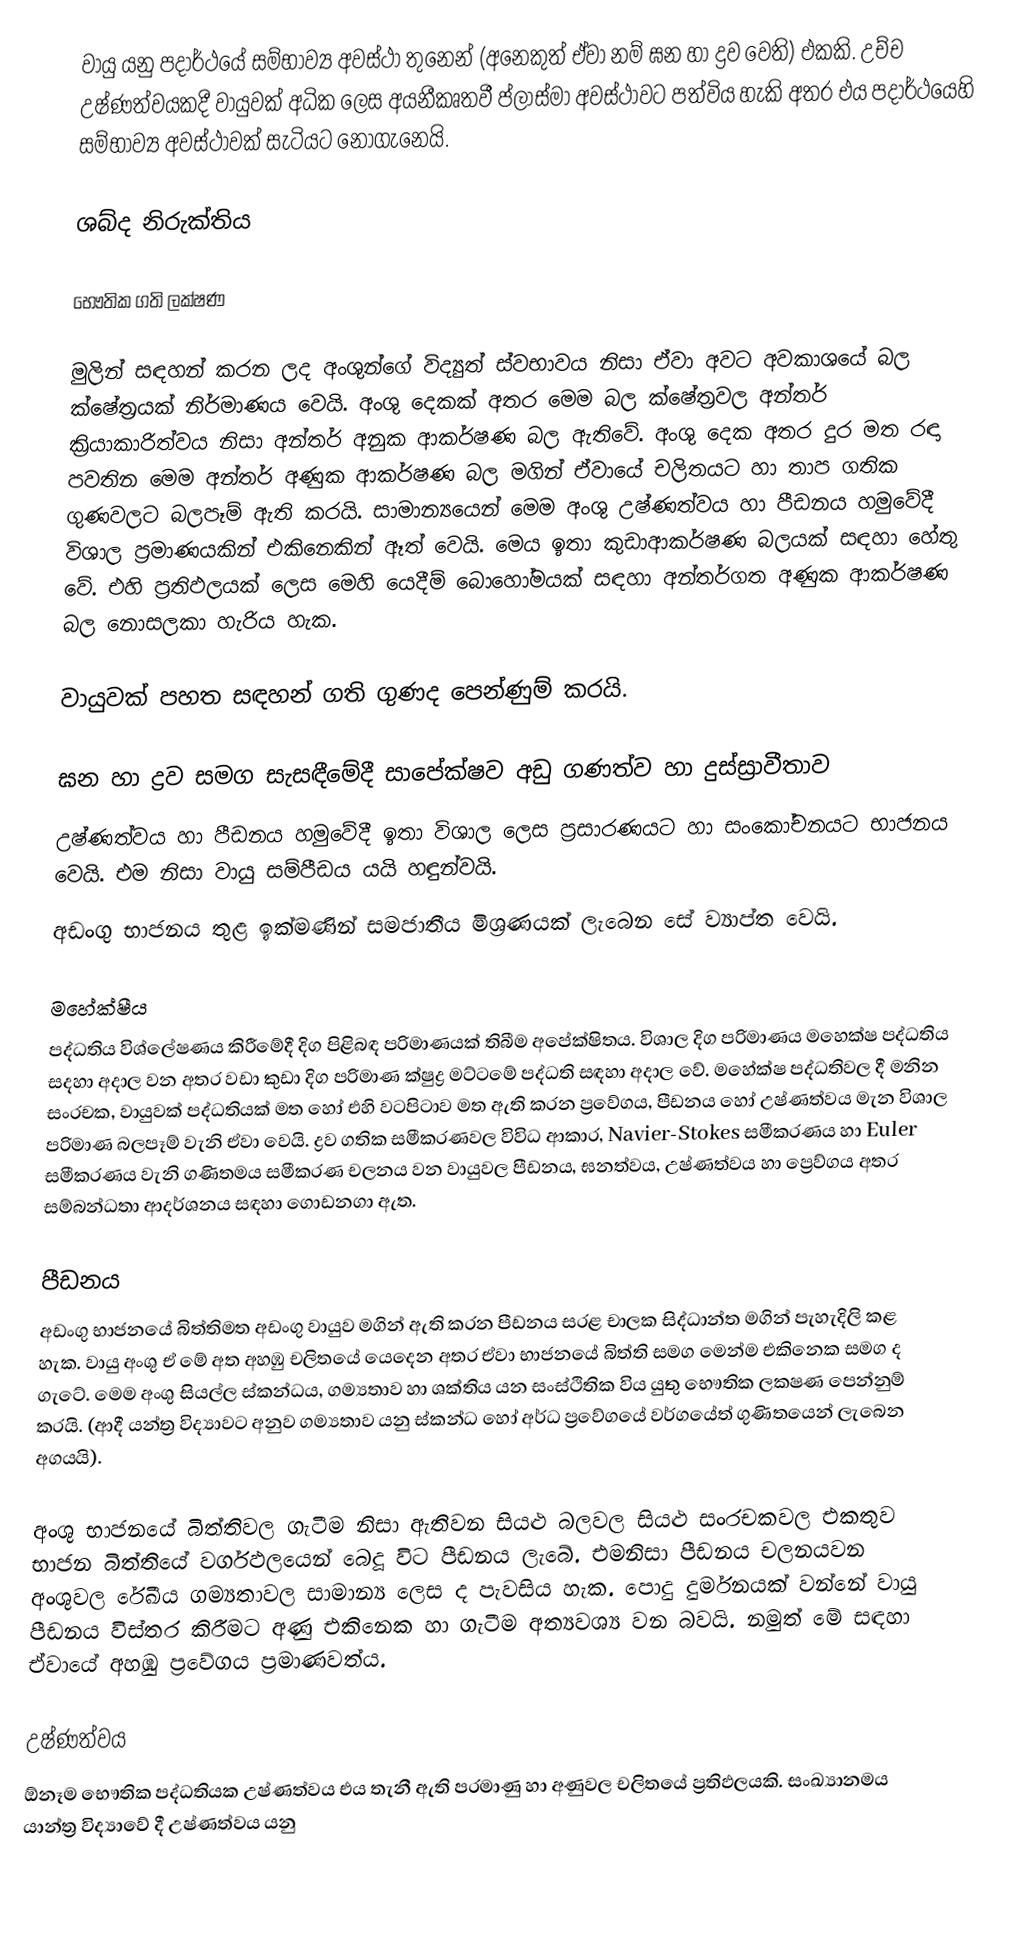
වායු යනු  පදාර්ථයේ සම්භාව්‍ය අවස්ථා තුනෙන් (අනෙකුත් ඒවා නම් ඝන හා ද්‍රව  වෙති) එකකි. උච්ච උෂ්ණත්වයකදී වායුවක් අධික ලෙස අයනීකෘතවී ප්ලාස්මා අවස්ථාවට පත්විය හැකි අතර එය පදාර්ථයෙහි සම්භාව්‍ය අවස්ථාවක් සැටියට නොගැනෙයි.

ශබ්ද නිරුක්තිය

භෞතික ගති ලක්ෂණ

මුලින් සඳහන් කරන ලද අංශුන්ගේ විද්‍යුත් ස්වභාවය නිසා ඒවා අවට අවකාශයේ බල ක්ෂේත්‍රයක් නිර්මාණය වෙයි. අංශු දෙකක් අතර මෙම බල ක්ෂේත්‍රවල අන්තර් ක්‍රියාකාරිත්වය නිසා අන්තර් අනුක ආකර්ෂණ බල ඇතිවේ. අංශු දෙක අතර දුර මත රඳා පවතින මෙම අන්තර් අණුක ආකර්ෂණ බල මගින් ඒවායේ චලිතයට හා තාප ගතික ගුණවල‍ට බලපෑම් ඇති කරයි. සාමාන්‍යයෙන් මෙම අංශු උෂ්ණත්වය හා පීඩනය හමුවේදී විශාල ප්‍රමාණයකින් එකිනෙකින් ඈත් වෙයි. මෙය ඉතා කුඩා‍ආකර්ෂණ බලයක් සඳහා හේතු වේ. එහි ප්‍රතිඵලයක් ලෙස මෙහි යෙදීම් බොහෝමයක් සඳහා අන්තර්ගත අණුක ආකර්ෂණ බල නොසලකා හැරිය හැක.

වායුවක් පහත සඳහන් ගති ගුණද පෙන්ණුම් කරයි.

ඝන හා ද්‍රව සමග සැසඳීමේදී සාපේක්ෂව අඩු ගණත්ව හා දුස්ස්‍රාවීතාව
උෂ්ණත්වය හා පීඩනය හමුවේදී ඉතා විශාල ලෙස ප්‍රසාරණයට හා සංකෝචනයට භාජනය වෙයි. එම නිසා වායු සම්පීඩය යයි හඳුන්වයි.
අඩංගු භාජනය තුළ ඉක්මණින් සමජාතීය මිශ්‍රණයක් ලැබෙන සේ ව්‍යාප්ත වෙයි.

මහේක්ෂීය
පද්ධතිය විශ්ලේෂණය කිරීමේදී දිග පිළිබඳ පරිමාණයක් තිබීම අපේක්ෂිතය. විශාල දිග පරිමාණය මහෙක්ෂ පද්ධතිය සදහා අදාල වන අතර වඩා කුඩා දිග  පරිමාණ ක්ෂුද්‍ර මට්ටමේ පද්ධති සඳහා අදාල වේ. මහේක්ෂ පද්ධතිවල දී මනින සංරචක, වායුවක් පද්ධතියක් මත හෝ එහි වටපිටාව මත ඇති කරන ප්‍රවේගය, පීඩනය හෝ උෂ්ණත්වය මැන විශාල පරිමාණ බලපෑම් වැනි ඒවා වෙයි. ද්‍රව ගතික සමීකරණවල විවිධ ආකාර, Navier-Stokes සමීකරණය හා Euler සමීකරණය වැනි ගණිතමය සමීකරණ චලනය වන වායුවල පීඩනය, ඝනත්වය, උෂ්ණත්වය හා ප්‍ර‍ෙව්ගය අතර සම්බන්ධතා‍ ආදර්ශනය සඳහා ගොඩනගා  ඇත.

පීඩනය
අඩංගු භාජනයේ බිත්තිමත අඩංගු වායුව මගින් ඇති කරන පීඩනය සරළ චාලක සිද්ධාන්ත මගින් පැහැදිලි කළ හැක. වායු අංශු ඒ මේ අත අහඹු චලිතයේ යෙදෙන අතර ඒවා භාජනයේ බිත්ති සමග මෙන්ම එකිනෙක සමග ද ගැටේ. මෙම අංශු සියල්ල ස්කන්ධය, ගම්‍යතාව හා ශක්තිය යන සංස්ථිතික විය යුතු භෞතික  ලකෂණ පෙන්නුම් කරයි. (ආදී යන්ත්‍ර විද්‍යාවට අනුව ගම්‍යතාව යනු ස්කන්ධ හෝ අර්ධ ප්‍රවේගයේ වර්ගයේත් ගුණිතයෙන් ලැබෙන අගයයි).

අංශු භාජනයේ බිත්තිවල ගැටීම නිසා ඇතිවන සියළු බලවල සියළු සංරචකවල එකතුව භාජන බිත්තියේ වර්ගඵලයෙන් බෙදූ විට පීඩනය ලැබේ. එමනිසා පීඩනය චලනයවන අංශුවල රේඛීය ගම්‍යතාවල සාමාන්‍ය ලෙස ද පැවසිය හැක. පොදු දුර්මනයක් වන්නේ වායු පීඩනය විස්තර කිරීමට අණු එකිනෙක හා ගැටීම අත්‍යවශ්‍ය වන බවයි. නමුත් මේ සඳහා ඒවායේ අහඹු ප්‍රවේගය ප්‍රමාණවත්ය.

උෂ්ණත්වය
ඕනෑම භෞතික පද්ධතියක උෂ්ණත්වය එය තැනී ඇති පරමාණු හා අණුවල චලිතයේ ප්‍රතිඵලයකි. සංඛ්‍යානමය යාන්ත්‍ර විද්‍යාවේ දී උෂ්ණත්වය යනු